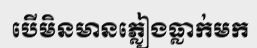
បើមិនមានភ្លៀងធ្លាក់មក